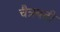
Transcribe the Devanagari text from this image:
चैत्रबदी